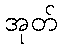
အုတ်